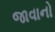
જાવાનો